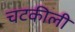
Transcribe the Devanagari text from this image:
चटकीली